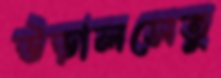
উড়ালসেতু